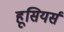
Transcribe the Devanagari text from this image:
हूसियर्स